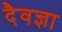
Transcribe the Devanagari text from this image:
दैवज्ञा